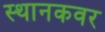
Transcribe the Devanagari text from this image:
स्थानकवर